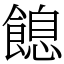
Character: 䭒